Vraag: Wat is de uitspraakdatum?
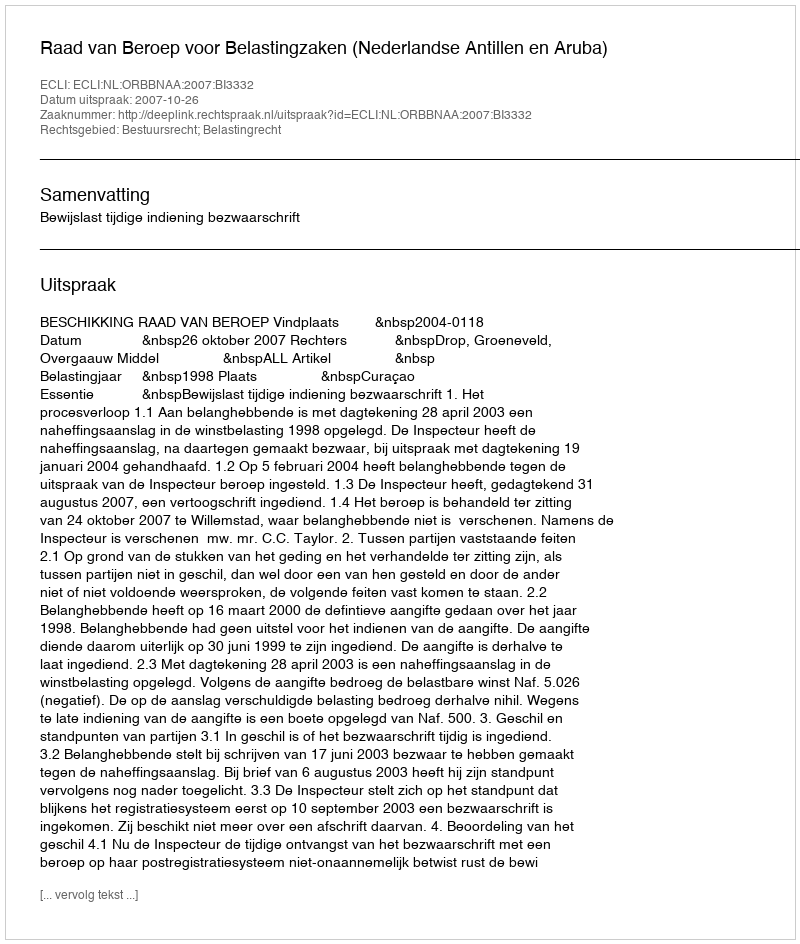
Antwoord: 2007-10-26